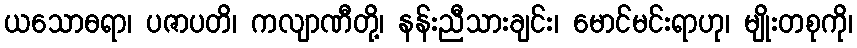
ယသောဓရာ၊ ပဇာပတိ၊ ကလျာဏီတို့၊ နန်းညီသားချင်း၊ မောင်မင်းရာဟု၊ မျိုးတစုကို၊